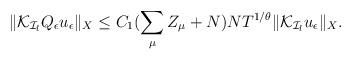
LaTeX: \begin{align*} \begin{aligned}\|\mathcal{K}_{\mathcal{I}_l}Q_\epsilon u_\epsilon\|_{X}\leq C_1 (\sum_{\mu}Z_\mu+N)N T^{1/\theta}\|\mathcal{K}_{\mathcal{I}_l}u_\epsilon\|_{X}.\end{aligned}\end{align*}